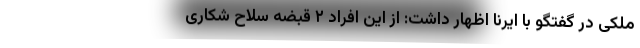
ملکی در گفتگو با ایرنا اظهار داشت: از این افراد ۲ قبضه سلاح شکاری